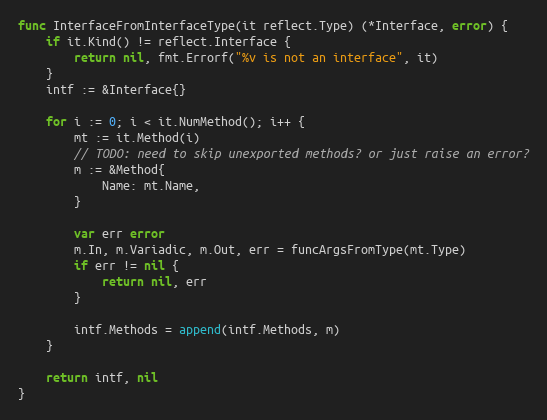
Language: Go
func InterfaceFromInterfaceType(it reflect.Type) (*Interface, error) {
	if it.Kind() != reflect.Interface {
		return nil, fmt.Errorf("%v is not an interface", it)
	}
	intf := &Interface{}

	for i := 0; i < it.NumMethod(); i++ {
		mt := it.Method(i)
		// TODO: need to skip unexported methods? or just raise an error?
		m := &Method{
			Name: mt.Name,
		}

		var err error
		m.In, m.Variadic, m.Out, err = funcArgsFromType(mt.Type)
		if err != nil {
			return nil, err
		}

		intf.Methods = append(intf.Methods, m)
	}

	return intf, nil
}